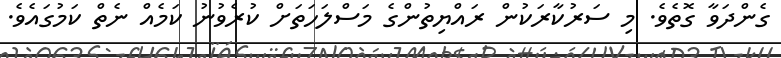
ގެންދަވާ ގޮތެވެ. މި ސަރުކާރަކުން ރައްޔިތުންގެ މަސްލަހަތަށް ކުރެވުނު ކަމެއް ނެތް ކަމުގައެވެ.